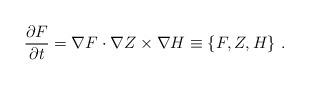
LaTeX: \begin{align*}\frac{\partial F}{ \partial t}=\nabla F \cdot \nabla Z \times \nabla H \equiv \{ F,Z,H \}~.\end{align*}